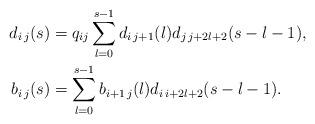
LaTeX: \begin{align*}d_{i\,j}(s)&= q_{ij} \sum_{l=0}^{s-1} d_{i\,j+1}(l)d_{j\,j+2l+2}(s-l-1),\\b_{i\,j}(s)&= \sum_{l=0}^{s-1} b_{i+1\,j}(l)d_{i\,i+2l+2}(s-l-1).\end{align*}